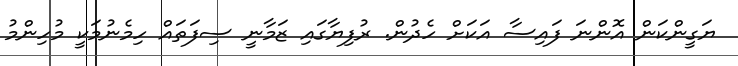
ޔަގީންކަން އޮންނަ ފައިސާ އަކަށް ހެދުން. ރުފިޔާގައި ޒަމާނީ ސިފަތައް ހިމެނުމަކީ މުހިންމު